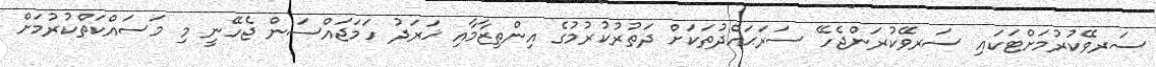
ސަރވޭކުރުމަށްޓަކައި ސަރވޭކުރަންޖެހޭ ސަރަޙައްދުތަކަށް ދަތުރުކުރުމުގެ އިންތިޒާމާއި ޚަރަދު ހަމަޖައްސަން ޖެހޭނީ މި މަސައްކަތްކުރުމަށް